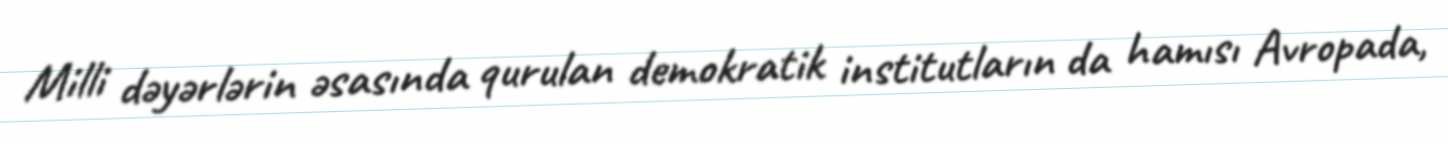
Milli dəyərlərin əsasında qurulan demokratik institutların da hamısı Avropada,